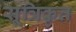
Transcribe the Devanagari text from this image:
सूत्रिकृत